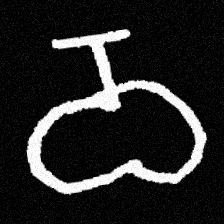
Pyu character \u2014 Myanmar letter: ဝ (romanized: wa)